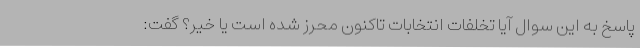
پاسخ به این سوال آیا تخلفات انتخابات تاکنون محرز شده است یا خیر؟ گفت: